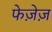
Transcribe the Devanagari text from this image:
फेज़ेज़